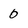
Character: 0